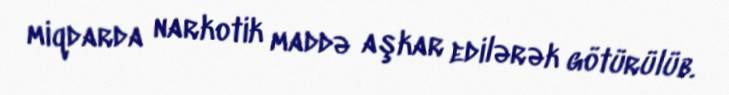
miqdarda narkotik maddə aşkar edilərək götürülüb.